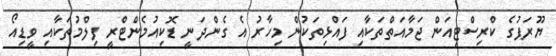
ޔޫރަޕުގެ ކްރިސްޓިއަން ޖަމާއަތްތަކާއި ފައްޅިތަކުން މިހާރު އެ ގެންދަނީ ޑޮކިއުމެންޓްރީ ފިލްމުތަކާއި ވީޑިއޯ